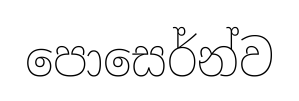
පොසෙර්න්ව